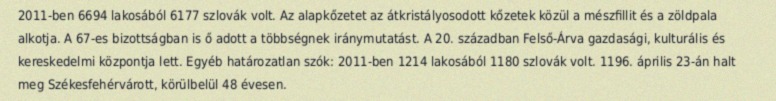
2011-ben 6694 lakosából 6177 szlovák volt. Az alapkőzetet az átkristályosodott kőzetek közül a mészfillit és a zöldpala alkotja. A 67-es bizottságban is ő adott a többségnek iránymutatást. A 20. században Felső-Árva gazdasági, kulturális és kereskedelmi központja lett. Egyéb határozatlan szók: 2011-ben 1214 lakosából 1180 szlovák volt. 1196. április 23-án halt meg Székesfehérvárott, körülbelül 48 évesen.